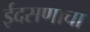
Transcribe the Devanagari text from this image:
ईदसणाचा